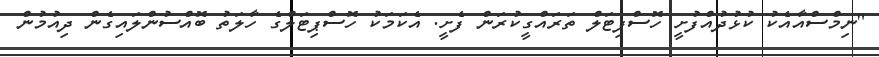
"ނިމްސްއާއެކު ކުޅުދުއްފުށީ ހޮސްޕިޓަލް ތަރައްގީކުރަން ފެށީ. އެކަމަކު ހޮސްޕިޓަލްގެ ހާލަތު ބޮއްސުންލައިގެން ދިއުމުން